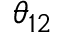
\theta _ { 1 2 }